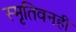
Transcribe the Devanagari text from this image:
स्मृतिवनही